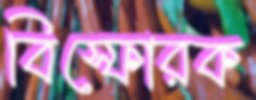
বিস্ফোরক